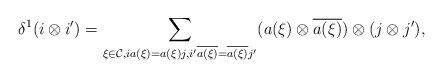
LaTeX: \begin{align*} \delta^1(i\otimes i') = \sum_{\xi\in\mathcal{C}, ia(\xi)=a(\xi)j, i'\overline{a(\xi)}=\overline{a(\xi)}j'} (a(\xi) \otimes \overline{a(\xi)}) \otimes (j\otimes j'),\end{align*}